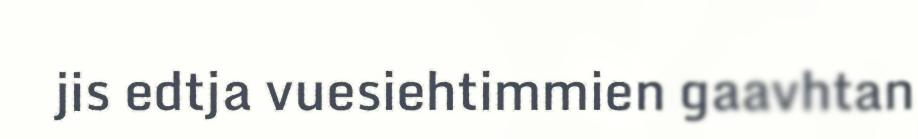
jis edtja vuesiehtimmien gaavhtan